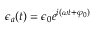
\epsilon _ { a } ( t ) = \epsilon _ { 0 } e ^ { i ( \omega t + \varphi _ { 0 } ) }